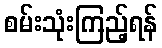
စမ်းသုံးကြည့်ရန်